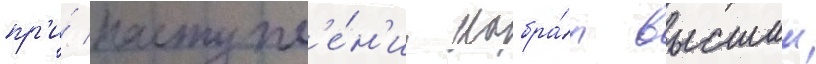
пр'и́ поступл'е́н'ии набра́л высшии